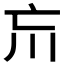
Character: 𡿫